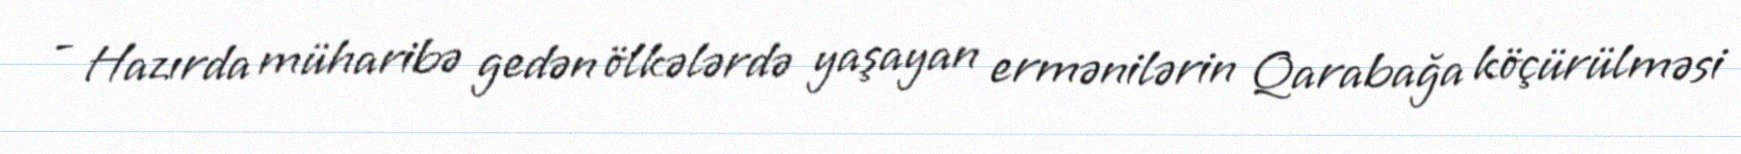
- Hazırda müharibə gedən ölkələrdə yaşayan ermənilərin Qarabağa köçürülməsi